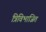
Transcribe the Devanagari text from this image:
त्रिविभाजित